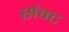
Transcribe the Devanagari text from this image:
संक्ट